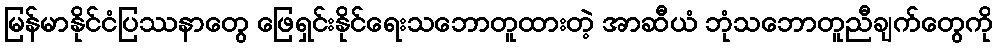
မြန်မာနိုင်ငံပြဿနာတွေ ဖြေရှင်းနိုင်ရေးသဘောတူထားတဲ့ အာဆီယံ ဘုံသဘောတူညီချက်တွေကို